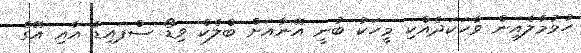
ހުޅުމާލެއިން ވާހަކަދެއްކި މީހަކު ބުނީ އޭނާއަށް ބްލެކް ވިޑޯ ސްޕައިޑާ އާއި އޭގެ